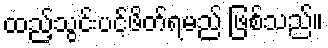
ထည့်သွင်းပင့်ဖိတ်ရမည် ဖြစ်သည်။